On a parasite found in persons suffering from enlargement of the spleen in India, second report - Number 11
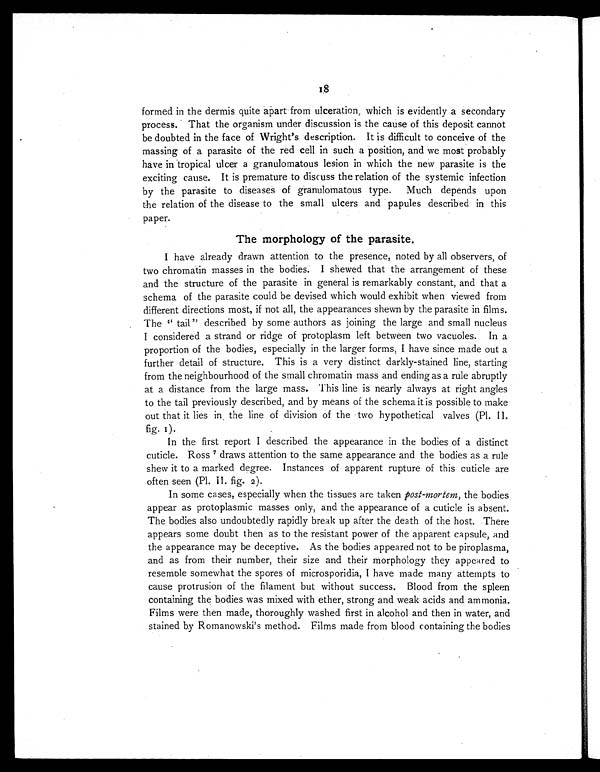
18
formed in the dermis quite apart from ulceration which is evidently a secondary
process. That the organism under discussion is the cause of this deposit cannot
be doubted in the face of Wright's description. It is difficult to conceive of the
massing of a parasite of the red cell in such a position, and we most probably
have in tropical ulcer a granulomatous lesion in which the new parasite is the
exciting cause. It is premature to discuss the relation of the systemic infection
by the parasite to diseases of granulomatous type. Much depends upon
the relation of the disease to the small ulcers and papules described in this
paper.
The morphology of the parasite.
I have already drawn attention to the presence, noted by all observers, of
two chromatin masses in the bodies. I shewed that the arrangement of these
and the structure of the parasite in general is remarkably constant, and that a
schema of the parasite could be devised which would exhibit when viewed from
different directions most, if not all, the appearances shewn by the parasite in films.
The "tail" described by some authors as joining the large and small nucleus
I considered a strand or ridge of protoplasm left between two vacuoles. In a
proportion of the bodies, especially in the larger forms, I have since made out a
further detail of structure. This is a very distinct darkly-stained line, starting
from the neighbourhood of the small chromatin mass and ending as a rule abruptly
at a distance from the large mass. This line is nearly always at right angles
to the tail previously described, and by means of the schema it is possible to make
out that it lies in the line of division of the two hypothetical valves (Pl. II.
fig. 1).
In the first report I described the appearance in the bodies of a distinct
cuticle. Ross7 draws attention to the same appearance and the bodies as a rule
shew it to a marked degree. Instances of apparent rupture of this cuticle are
often seen (Pl. II fig. 2).
In some cases, especially when the tissues are taken post-mortem, the bodies
appear as protoplasmic masses only, and the appearance of a cuticle is absent.
The bodies also undoubtedly rapidly break up after the death of the host. There
appears some doubt then as to the resistant power of the apparent capsule, and
the appearance may be deceptive. As the bodies appeared not to be piroplasma,
and as from their number, their size and their morphology they appeared to
resemble somewhat the spores of microsporidia, I have made many attempts to
cause protrusion of the filament but without success. Blood from the spleen
containing the bodies was mixed with ether, strong and weak acids and ammonia.
Films were then made, thoroughly washed first in alcohol and then in water, and
stained by Romanowski's method. Films made from blood containing the bodies